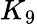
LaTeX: K_{9}